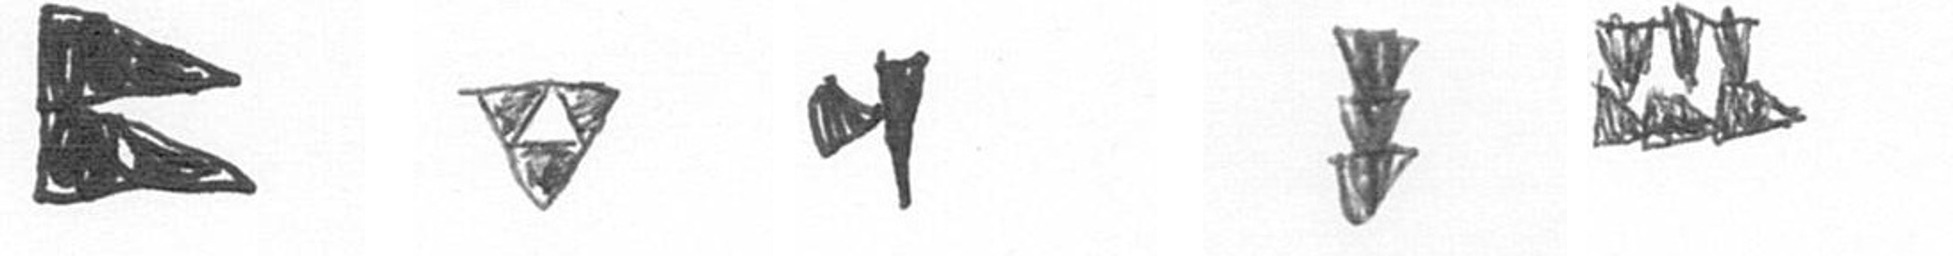
P S M E D